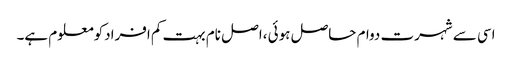
اسی سے شہرت دوام حاصل ہوئی ،اصل نام بہت کم افرادکومعلوم ہے۔